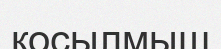
қосылмыш